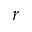
r